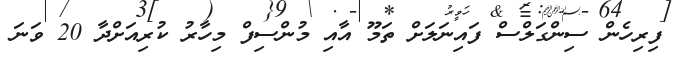
ފިރިހެން ސިންގަލްސް ފައިނަލަށް ތަމޫ އާއި މުންސިފް މިހާރު ކުރިއަށްދާ 20 ވަނަ